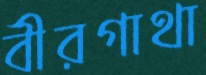
বীরগাথা